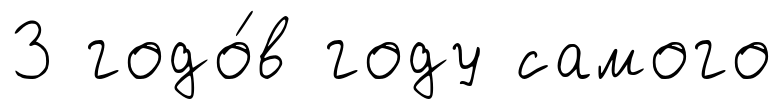
3 годо́в году самого